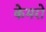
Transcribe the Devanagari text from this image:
केमरो